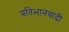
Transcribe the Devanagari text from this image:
प्रतिभानवादी